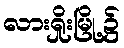
လားရှိုးမြို့၌